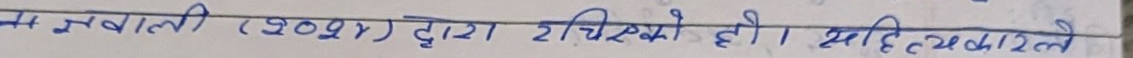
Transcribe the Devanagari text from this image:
म नेपाली (२०१४) द्वारा टांकिएको हो । साहित्यकारले